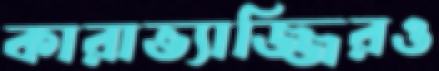
কারাভ্যাজ্জিরও